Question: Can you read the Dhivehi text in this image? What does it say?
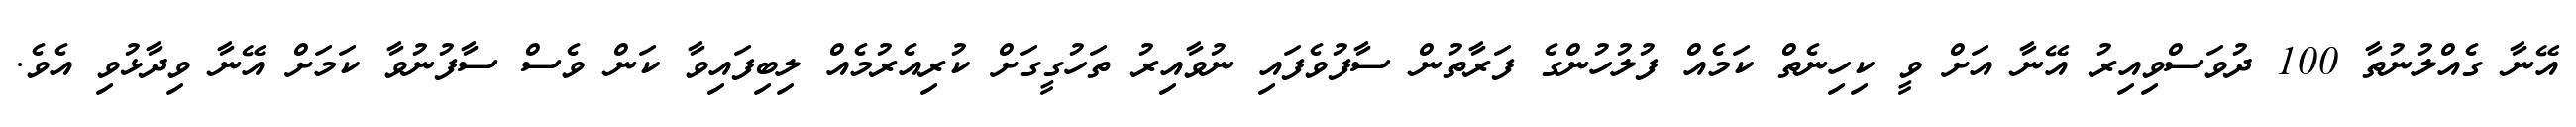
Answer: އޭނާ ގެއްލުނުތާ 100 ދުވަސްވިއިރު އޭނާ އަށް ވީ ކިހިނެތް ކަމެއް ފުލުހުންގެ ފަރާތުން ސާފުވެފައި ނުވާއިރު ތަހުގީގަށް ކުރިއެރުމެއް ލިބިފައިވާ ކަން ވެސް ސާފުނުވާ ކަމަށް އޭނާ ވިދާޅުވި އެވެ.